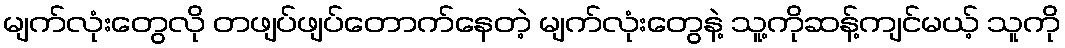
မျက်လုံးတွေလို တဖျပ်ဖျပ်တောက်နေတဲ့ မျက်လုံးတွေနဲ့ သူ့ကိုဆန့်ကျင်မယ့် သူကို